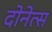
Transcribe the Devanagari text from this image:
दोनेत्स